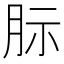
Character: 䏡